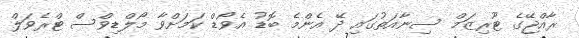
ރާއްޖޭގެ ޓޫރިޒަމް ސިނާއަތުގައި ދޭ އެންމެ ބޮޑު އެވޯޑް ކަމަށްވާ މޯލްޑިވްސް ޓްރެވަލް